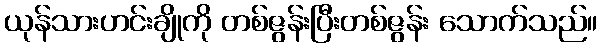
ယုန်သားဟင်းချိုကို တစ်ဇွန်းပြီးတစ်ဇွန်း သောက်သည်။